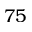
7 5